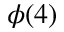
\phi ( 4 )